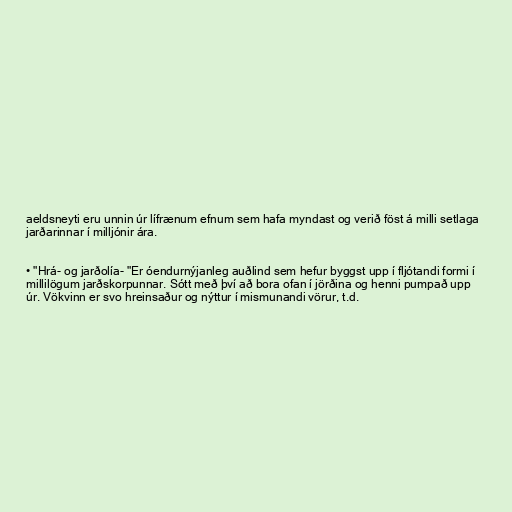
aeldsneyti eru unnin úr lífrænum efnum sem hafa myndast og verið föst á milli setlaga
jarðarinnar í milljónir ára.

• "Hrá- og jarðolía- "Er óendurnýjanleg auðlind sem hefur byggst upp í fljótandi formi í
millilögum jarðskorpunnar. Sótt með því að bora ofan í jörðina og henni pumpað upp
úr. Vökvinn er svo hreinsaður og nýttur í mismunandi vörur, t.d.